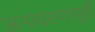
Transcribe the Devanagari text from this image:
अनावरणापूर्वी